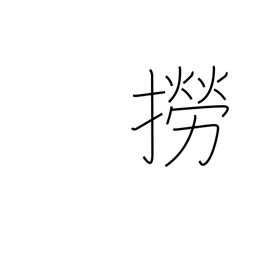
Meaning: catch fish